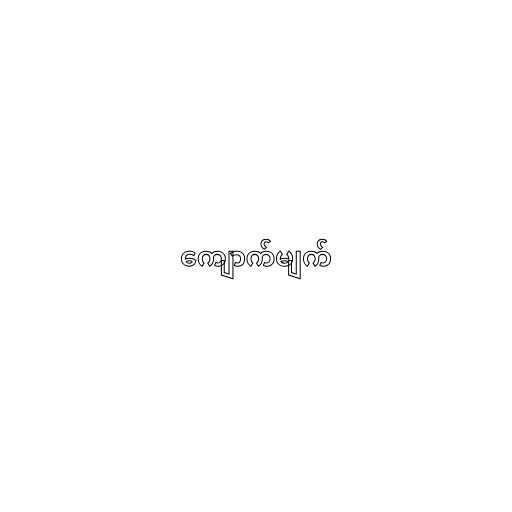
ကျောက်မျက်